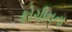
કોચીનના